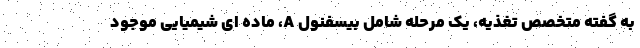
به گفته متخصص تغذیه، یک مرحله شامل بیسفنول A، ماده ای شیمیایی موجود